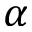
\alpha